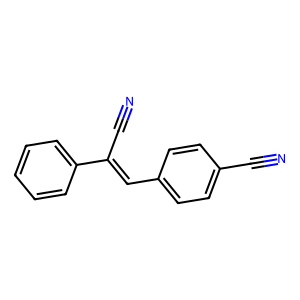
SMILES: N#CC(=Cc1ccc(C#N)cc1)c1ccccc1
Inhibits HIV replication: No